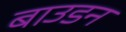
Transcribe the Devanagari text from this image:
बाउडन